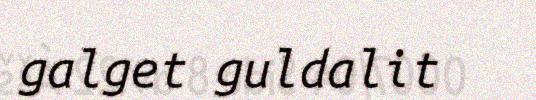
galget guldalit